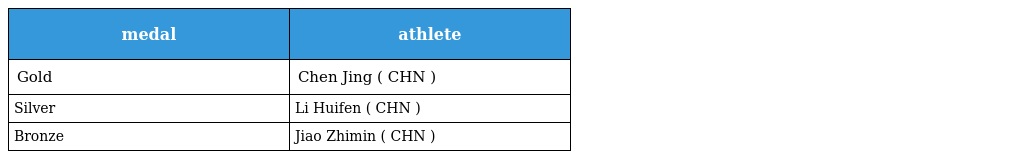
| medal | athlete |
 | --- | --- |
 | Gold | Chen Jing ( CHN ) |
 | Silver | Li Huifen ( CHN ) |
 | Bronze | Jiao Zhimin ( CHN ) |